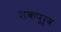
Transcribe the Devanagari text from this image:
शकपूर्व